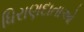
ધિરાણદાતાઓ